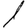
Digit: 1